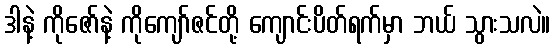
ဒါနဲ့ ကိုဇော်နဲ့ ကိုကျော်ဇင်တို့ ကျောင်းပိတ်ရက်မှာ ဘယ် သွားသလဲ။